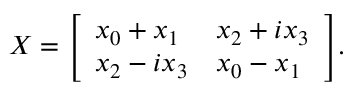
X = { \left[ \begin{array} { l l } { x _ { 0 } + x _ { 1 } } & { x _ { 2 } + i x _ { 3 } } \\ { x _ { 2 } - i x _ { 3 } } & { x _ { 0 } - x _ { 1 } } \end{array} \right] } .